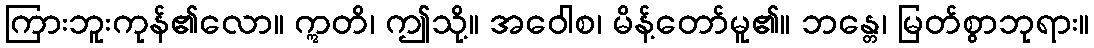
ကြားဘူးကုန်၏လော။ ဣတိ၊ ဤသို့။ အဝေါစ၊ မိန့်တော်မူ၏။ ဘန္တေ၊ မြတ်စွာဘုရား။